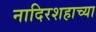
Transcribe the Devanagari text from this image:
नादिरशहाच्या